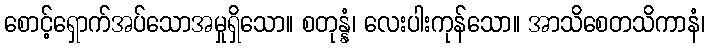
စောင့်ရှောက်အပ်သောအမှုရှိသော။ စတုန္နံ၊ လေးပါးကုန်သော။ အာသိစေတသိကာနံ၊